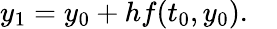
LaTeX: y_{1}=y_{0}+hf(t_{0},y_{0}).\quad